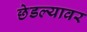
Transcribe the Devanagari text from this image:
छेडल्यावर